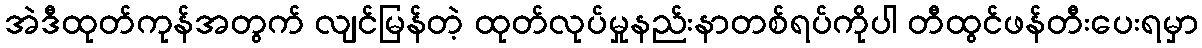
အဲဒီထုတ်ကုန်အတွက် လျင်မြန်တဲ့ ထုတ်လုပ်မှုနည်းနာတစ်ရပ်ကိုပါ တီထွင်ဖန်တီးပေးရမှာ